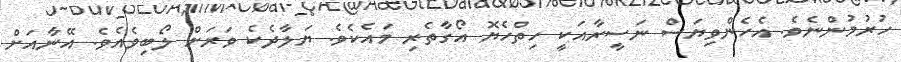
ހުރުމުންނެވެ. އެހެންވިޔަސް ނަސީރާއަކީ ހިތްހެޔޮ އޯގާތެރި މައެކެވެ. ޔަލާދެކެ ވަރަށް ލޯބިވެއެވެ. އޭނާއަށް